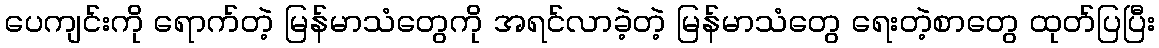
ပေကျင်းကို ရောက်တဲ့ မြန်မာသံတွေကို အရင်လာခဲ့တဲ့ မြန်မာသံတွေ ရေးတဲ့စာတွေ ထုတ်ပြပြီး